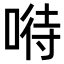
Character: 𠸤